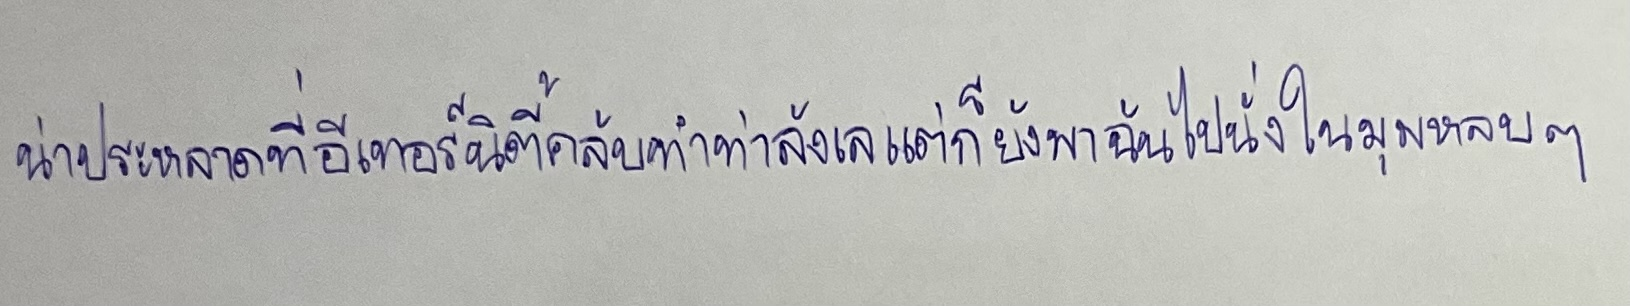
น่าประหลาดที่อีเทอร์นิตี้คลับทำท่าลังเลแต่ก็ยังพาฉันไปนั่งในมุมหลบๆ